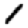
Digit: 1